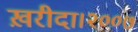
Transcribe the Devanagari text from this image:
ख़रीदा।२००७